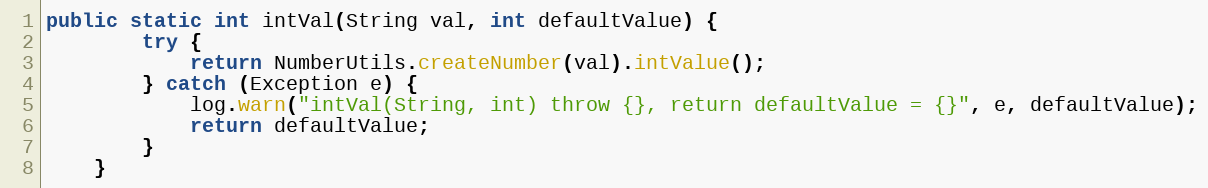
Language: Java
public static int intVal(String val, int defaultValue) {
        try {
            return NumberUtils.createNumber(val).intValue();
        } catch (Exception e) {
            log.warn("intVal(String, int) throw {}, return defaultValue = {}", e, defaultValue);
            return defaultValue;
        }
    }